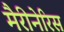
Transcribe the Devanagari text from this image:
मैरीनेरिस